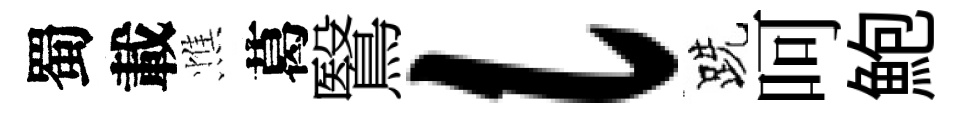
蜀載憔葛鷖l跣呵鮑